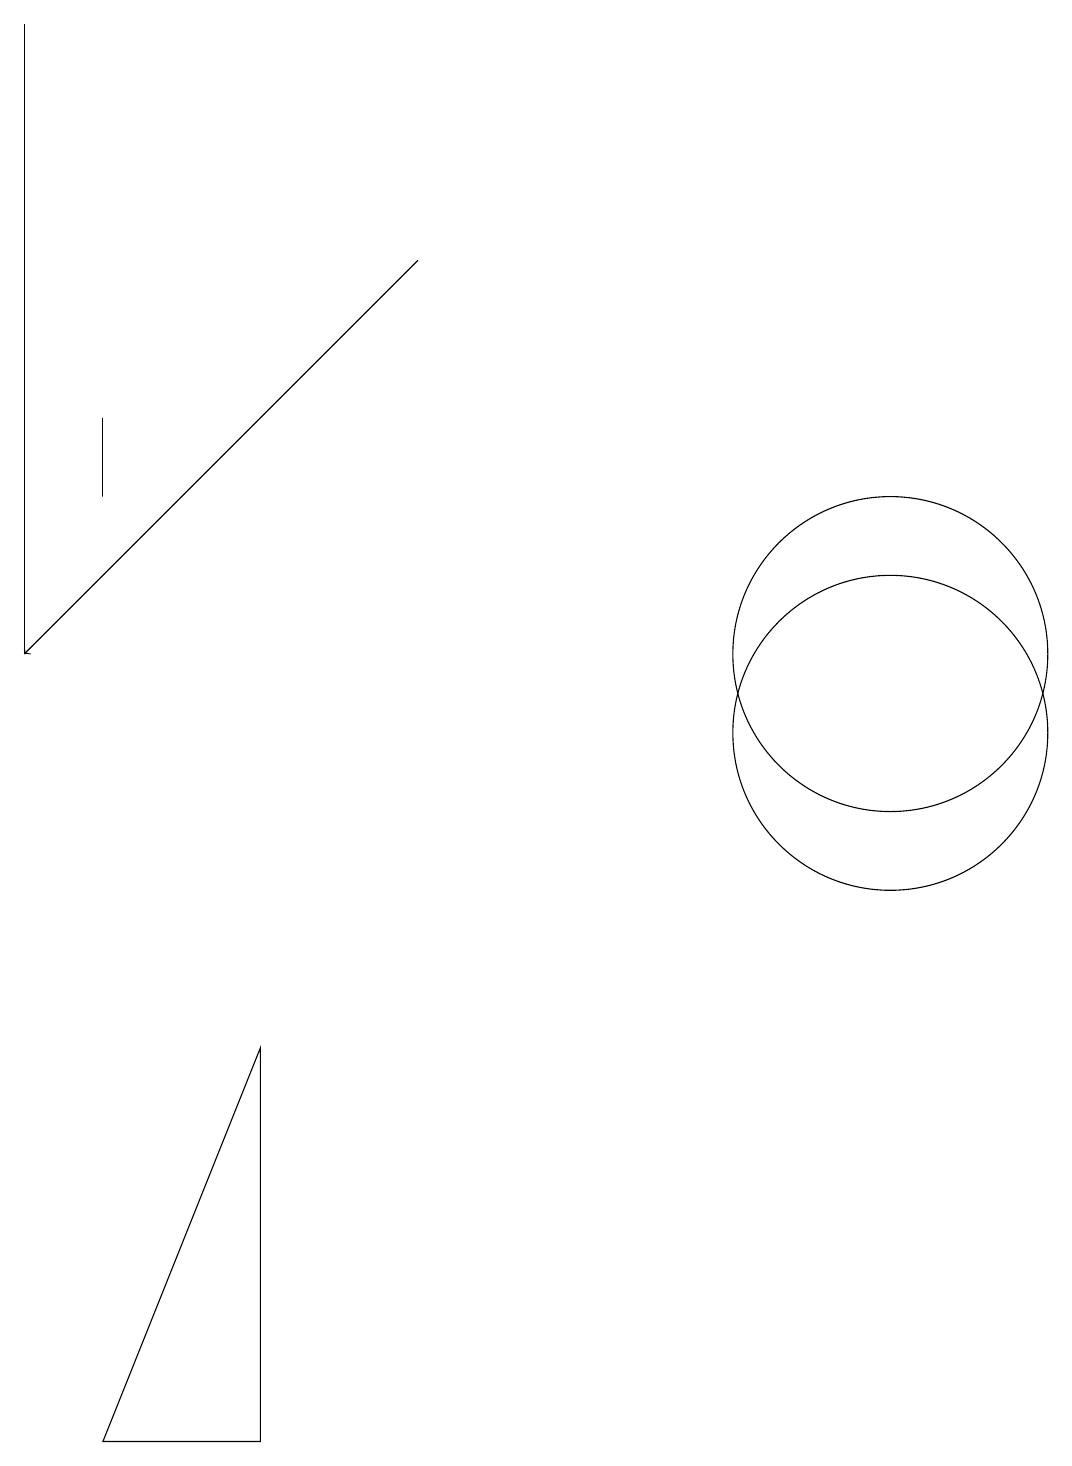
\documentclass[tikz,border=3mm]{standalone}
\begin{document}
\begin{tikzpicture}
\draw (12,11) circle (2);
\draw (4,6) -- (2,1) -- (4,1) -- cycle;
\draw (12,10) circle (2);
\draw (2,13) rectangle (2,14);
\draw (1,19) rectangle (1,11);
\draw[->] (6,16) -- (1,11);
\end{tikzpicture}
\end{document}